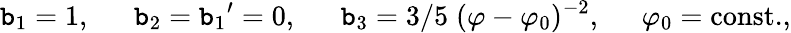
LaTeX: \mathtt{b}_{1}=1,\ \ \ \ \ \ \mathtt{b}_{2}={\mathtt{b}_{1}}^{\prime}=0,\ \ \ \ \ \ \mathtt{b}_{3}={3}/{5}\; (\varphi-\varphi_{0})^{-2},\; \; \; \; \; \varphi_{0}=\mathrm{{const.}},